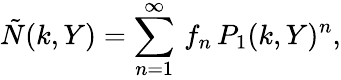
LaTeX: {\tilde{N}}(k,Y)=\sum_{n=1}^{\infty}\, f_{n}\, P_{1}(k,Y)^{n},